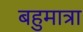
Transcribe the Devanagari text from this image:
बहुमात्रा